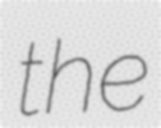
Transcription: the